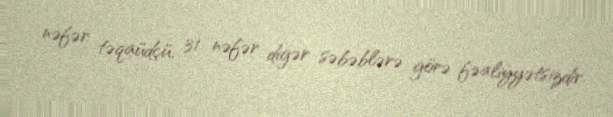
nəfər təqaüdçü, 31 nəfər digər səbəblərə görə fəaliyyətsizdir.